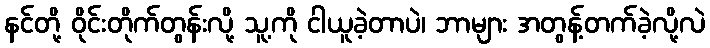
နင်တို့ ဝိုင်းတိုက်တွန်းလို့ သူ့ကို ငါယူခဲ့တာပဲ၊ ဘာများ အတွန့်တက်ခဲ့လို့လဲ